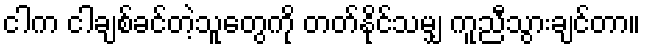
ငါက ငါချစ်ခင်တဲ့သူတွေကို တတ်နိုင်သမျှ ကူညီသွားချင်တာ။